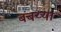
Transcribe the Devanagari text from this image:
बंबय्या